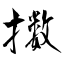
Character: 擞